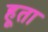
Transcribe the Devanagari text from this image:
हूता